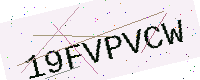
Text: 19FVPVCW